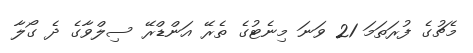
މެޗުގެ ފުރަތަމަ 21 ވަނަ މިނެޓުގެ ތެރޭ އަންޑްރޭ ސިލްވާގެ ދެ ގޯލާ